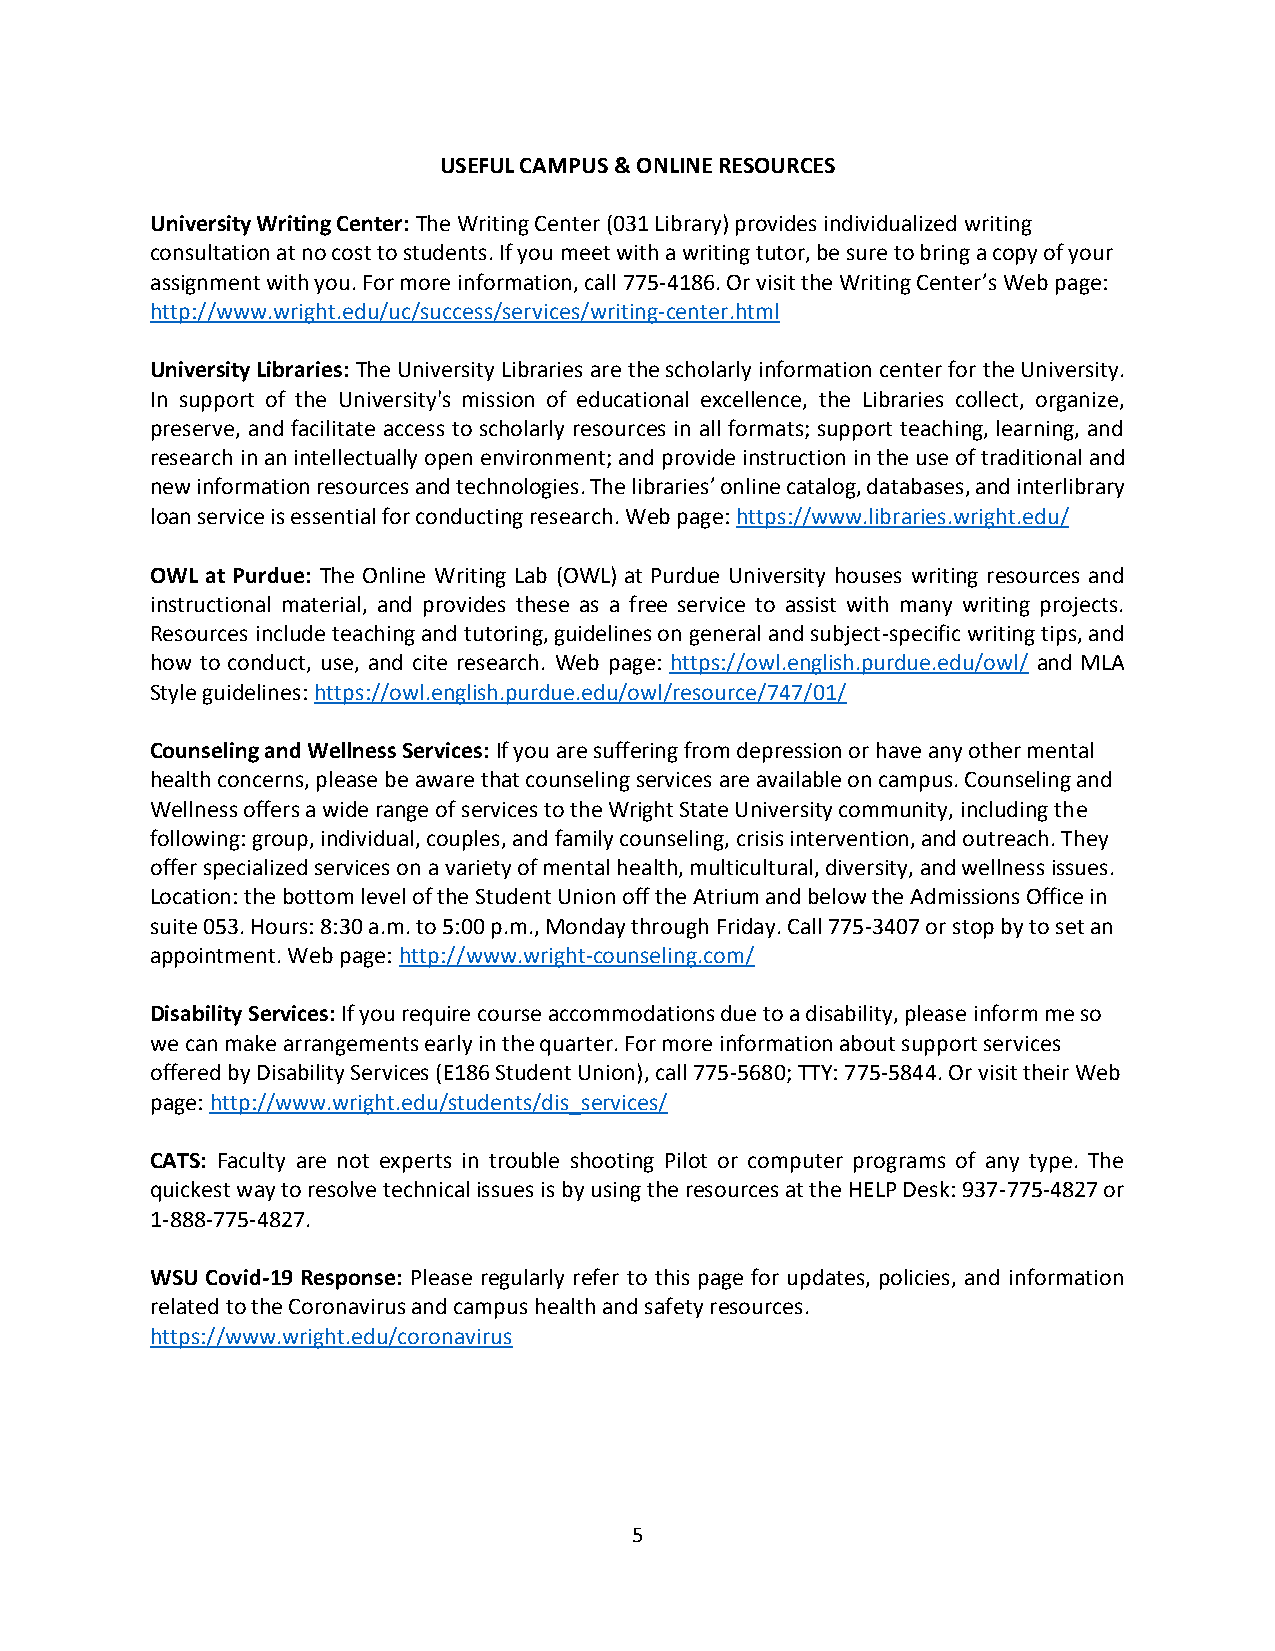
USEFUL CAMPUS & ONLINE RESOURCES
 University Writing Center: The Writing Center (031 Library) provides individualized writing
 consultation at no cost to students. If you meet with a writing tutor, be sure to bring a copy of your
 assignment with you. For more information, call 775-4186. Or visit the Writing Center’s Web page:
 http://www.wright.edu/uc/success/services/writing-center.html
 University Libraries: The University Libraries are the scholarly information center for the University.
 In support of the University's mission of educational excellence, the Libraries collect, organize,
 preserve, and facilitate access to scholarly resources in all formats; support teaching, learning, and
 research in an intellectually open environment; and provide instruction in the use of traditional and
 new information resources and technologies. The libraries’ online catalog, databases, and interlibrary
 loan service is essential for conducting research. Web page: https://www.libraries.wright.edu/
 OWL at Purdue: The Online Writing Lab (OWL) at Purdue University houses writing resources and
 instructional material, and provides these as a free service to assist with many writing projects.
 Resources include teaching and tutoring, guidelines on general and subject-specific writing tips, and
 how to conduct, use, and cite research. Web page: https://owl.english.purdue.edu/owl/ and MLA
 Style guidelines: https://owl.english.purdue.edu/owl/resource/747/01/
 Counseling and Wellness Services: If you are suffering from depression or have any other mental
 health concerns, please be aware that counseling services are available on campus. Counseling and
 Wellness offers a wide range of services to the Wright State University community, including the
 following: group, individual, couples, and family counseling, crisis intervention, and outreach. They
 offer specialized services on a variety of mental health, multicultural, diversity, and wellness issues.
 Location: the bottom level of the Student Union off the Atrium and below the Admissions Office in
 suite 053. Hours: 8:30 a.m. to 5:00 p.m., Monday through Friday. Call 775-3407 or stop by to set an
 appointment. Web page: http://www.wright-counseling.com/
 Disability Services: If you require course accommodations due to a disability, please inform me so
 we can make arrangements early in the quarter. For more information about support services
 offered by Disability Services (E186 Student Union), call 775-5680; TTY: 775-5844. Or visit their Web
 page: http://www.wright.edu/students/dis_services/
 CATS: Faculty are not experts in trouble shooting Pilot or computer programs of any type. The
 quickest way to resolve technical issues is by using the resources at the HELP Desk: 937-775-4827 or
 1-888-775-4827.
 WSU Covid-19 Response: Please regularly refer to this page for updates, policies, and information
 related to the Coronavirus and campus health and safety resources.
 https://www.wright.edu/coronavirus
 5